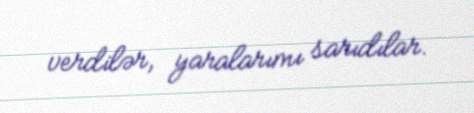
verdilər, yaralarımı sarıdılar.